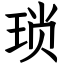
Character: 琐